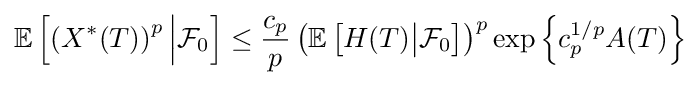
\displaystyle {\mathbb {E} \left[\left(X^{*}(T)\right)^{p}{\Big \vert }{\mathcal {F}}_{0}\right]\leq {\frac {c_{p}}{p}}\left(\mathbb {E} \left[H(T){\big \vert }{\mathcal {F}}_{0}\right]\right)^{p}\exp \left\lbrace c_{p}^{1/p}A(T)\right\rbrace }